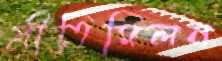
প্রীতিমিলন